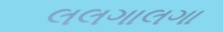
લલગાલગા